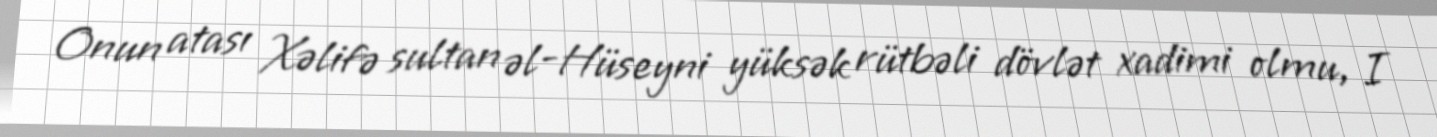
Onun atası Xəlifə sultan əl-Hüseyni yüksək rütbəli dövlət xadimi olmu, I